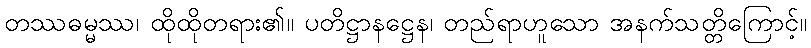
တဿဓမ္မဿ၊ ထိုထိုတရား၏။ ပတိဋ္ဌာနဋ္ဌေန၊ တည်ရာဟူသော အနက်သတ္တိကြောင့်။